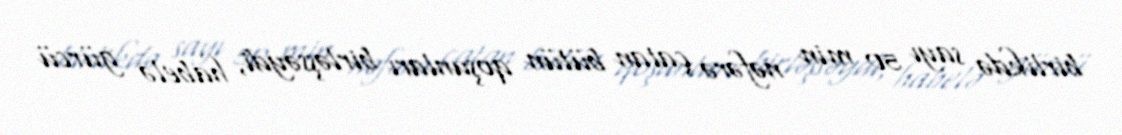
birlikdə sayı 50 min nəfərə çatan bütün qoşunları birləşsəydi, habelə gürcü